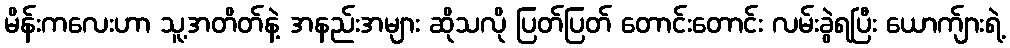
မိန်းကလေးဟာ သူ့အတိတ်နဲ့ အနည်းအများ ဆိုသလို ပြတ်ပြတ် တောင်းတောင်း လမ်းခွဲရပြီး ယောက်ျားရဲ့